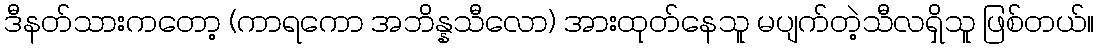
ဒီနတ်သားကတော့ (ကာရကော အဘိန္နသီလော) အားထုတ်နေသူ မပျက်တဲ့သီလရှိသူ ဖြစ်တယ်။